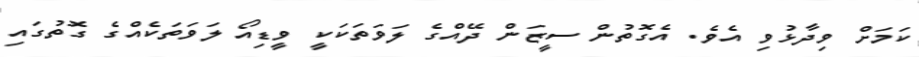
ކަމަށް ވިދާޅުވި އެވެ. އެގޮތުން ސީޒަން ދޭއްގެ ލަވަތަކަކީ ވީޑިއޯ ލަވަތަކެއްގެ ގޮތުގައި